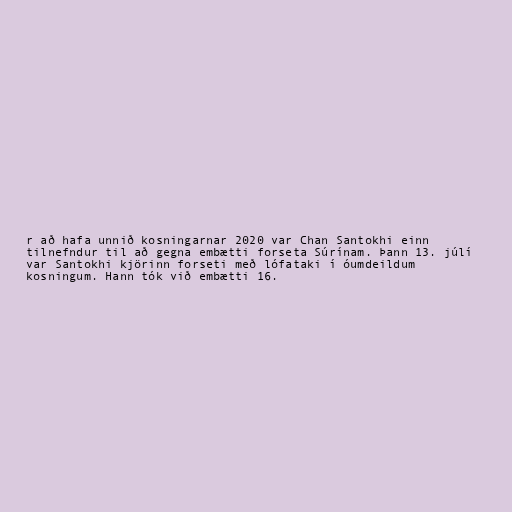
r að hafa unnið kosningarnar 2020 var Chan Santokhi einn
tilnefndur til að gegna embætti forseta Súrínam. Þann 13. júlí
var Santokhi kjörinn forseti með lófataki í óumdeildum
kosningum. Hann tók við embætti 16.